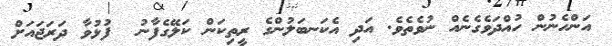
އަންހެނުން ހުއްދަވެގެނެއް ނުވެތެވެ. އަދި އެކަނބަލުންގެ ރީތިކަން ކަލޭގެފާނު  ފުޅުވާ ދަރަޖައަށް